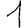
Digit: 1